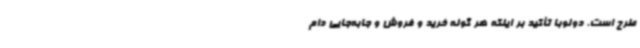
طرح است. دولوبا تأکید بر اینکه هر گونه خرید و فروش و جابه‌جایی دام